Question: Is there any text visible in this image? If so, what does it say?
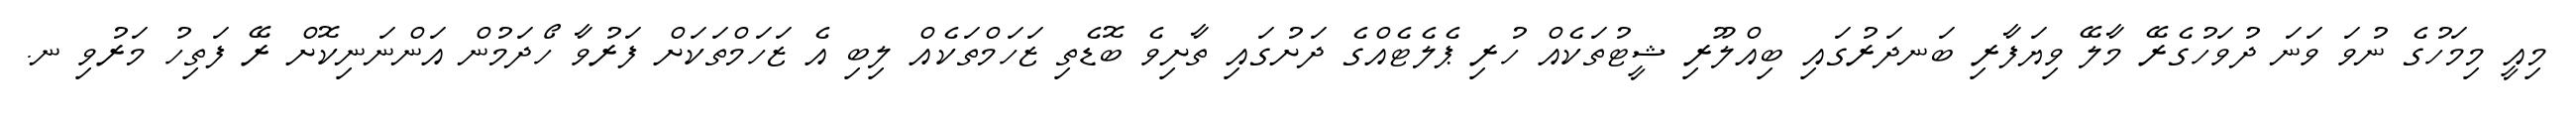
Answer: މިއީ މިމަހުގެ ނުވަ ވަނަ ދުވަހުގެރޭ މާލޭ ވިޔަފާރި ބަނދަރުގައި ބިއްލޫރި ޝީޓުތަކެއް ހުރި ޕެލެޓެއްގެ ދަށުގައި ތާށިވެ ބޮޑެތި ޒަހަމްތަކެއް ލިބި އެ ޒަހަމްތަކަށް ފަރުވާ ހޯދަމުން އަންނަނިކޮށް ރޭ ފަތިހު މަރުވި ނ.